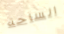
الساحة